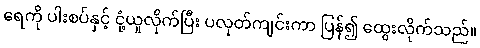
ရေကို ပါးစပ်နှင့် ငုံ့ယူလိုက်ပြီး ပလုတ်ကျင်းကာ ပြန်၍ ထွေးလိုက်သည်။